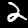
Digit: 2